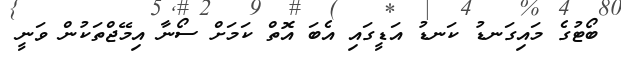
ބޯޓުގެ މައިގަނޑު ކަނޑު އަޑީގައި އެބަ އޮތް ކަމަށް ސޯނާ އިމޭޖްތަކުން ވަނީ